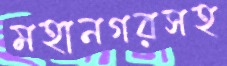
মহানগরসহ